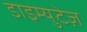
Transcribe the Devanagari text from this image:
डाइम्युटेज़